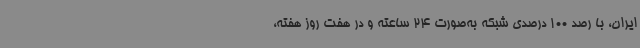
ایران، با رصد 100 درصدی شبکه به‌صورت 24 ساعته و در هفت روز هفته،